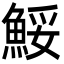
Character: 鮾